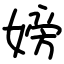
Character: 嫎